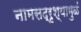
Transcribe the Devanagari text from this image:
नामसद्रृश्यामुळं